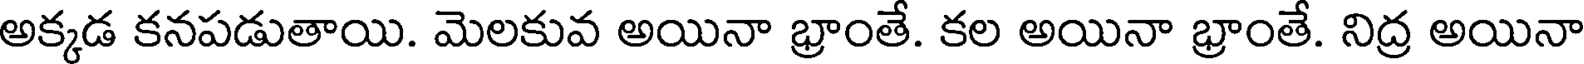
అక్కడ కనపడుతాయి. మెలకువ అయినా భ్రాంతే. కల అయినా భ్రాంతే. నిద్ర అయినా